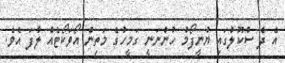
އެ ދެ ސްކޫލުގައި ޔުނީފޯމު ހުންނަނީ ގަމީހުގެ މަތިން އޯވަކޯޓެއް ލާފަ އެވެ.